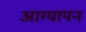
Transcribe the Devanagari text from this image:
आग्यापन